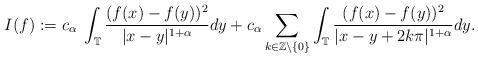
LaTeX: \begin{align*}I (f) := c_{\alpha}\; \int_{\mathbb{T}} \frac{(f(x)-f(y))^2}{|x-y|^{1+\alpha}}dy+c_{\alpha}\sum_{k\in\mathbb{Z}\setminus\{0\}} \int_{\mathbb{T}} \frac{(f(x)-f(y))^2}{|x-y+2k\pi|^{1+\alpha}}dy.\end{align*}